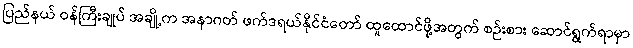
ပြည်နယ် ဝန်ကြီးချုပ် အချို့က အနာဂတ် ဖက်ဒရယ်နိုင်ငံတော် ထူထောင်ဖို့အတွက် စဉ်းစား ဆောင်ရွက်ရာမှာ